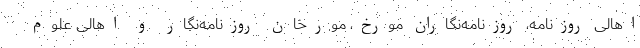
اهالی روزنامه، روزنامه‌نگاران مورخ، مورخان روزنامه‌نگار و اهالی علوم